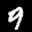
Label: 9